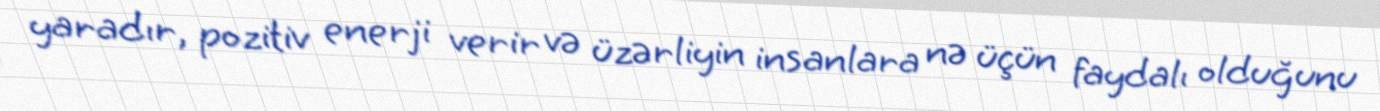
yaradır, pozitiv enerji verir və üzərliyin insanlara nə üçün faydalı olduğunu